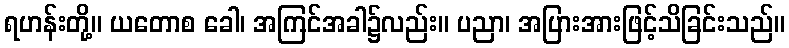
ရဟန်းတို့။ ယတောစ ခေါ၊ အကြင်အခါ၌လည်း။ ပညာ၊ အပြားအားဖြင့်သိခြင်းသည်။